Lunatic asylums Madras 1892-1911 - 1892-1911
Year: 1892
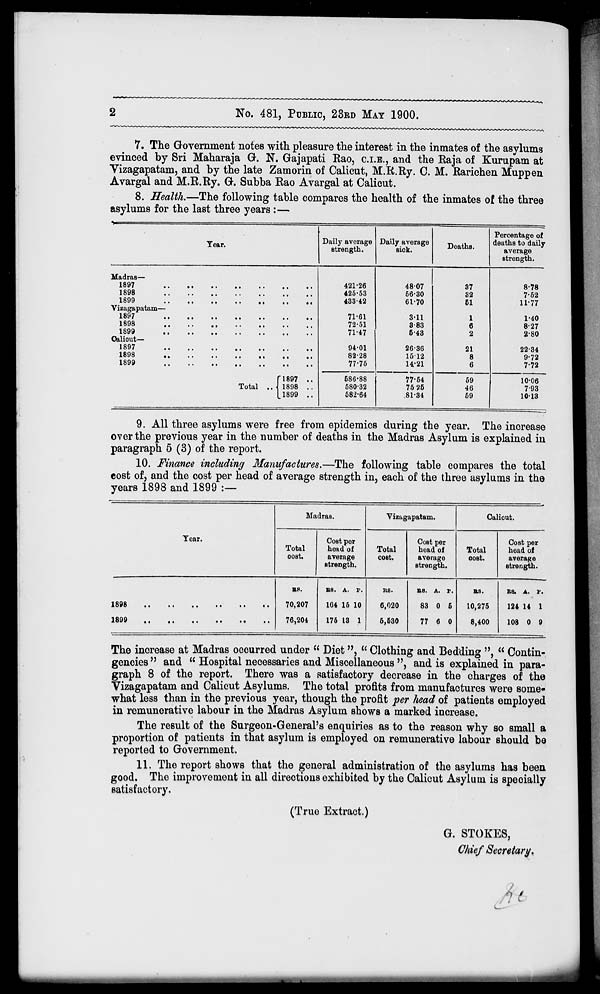
No. 481, PUBLIC, 23RD MAT 1900.
7. The Government notes with pleasure the interest in the inmates of the asylums
evinced by Sri Maharaja G. N. Gajapati Rao, C.I.B., and the Kaja of Kurupam at
Vizagapatam, and by the late Zamorin of Calicut, M.R.Ry. C. M. Rarichen Muppen
Avargal and M.R.Ry. G. Subba Rao Avargal at Calicut.
8. Health.—The following table compares the health of the inmates of the three
asylums for the last three years : —
V
—
■
—
-TT
Percentage of
Tear.
Daily average
strength.
Daily average
sick.
Deaths.
deaths to daily
average
strength.
Madras—
421-26
48-07
37
8-78
425-53
56-30
32
7-52
433-42
61-70
51
11-77
Vizagapatam—
71-61
3-11
1
1-40
72-51
8-83
6
8-27
71-47
5-43
2
2-80
Oaliout—
94-01
2636
21
22-34
82-28
16-12
8
9-72
fl897 ..
77-75
14-21
6
7-72
586-88
77-54
59
10-06
Total .. 1898 ..
580-32
75 25
46
793
1899 .. |
582-64
.81-34
59
1013
9. All three asylums were free from epidemics during the year. The increase
over the previous year in the number of deaths in the Madras Asylum is explained in
paragraph 5 (3) of the report.
10. Finance including Manufactures.—The following table compares the total
cost of, and the cost per head of average strength in, each of the three asylums in the
years 1898 and 1899 :—
Tear.
Madras.
Total
cost.
Cost per
head of
average
strength.
Vizagapatam.
Total
cost.
Cost per
head of
average
strength.
Calicut.
Total
oost.
Cost per
head of
average
strength.
1898
1899
BS.
BS. A. P.
its.
70,207
164 15 10
6,020
76,204
175 13 1
5,530
BS. A. P.
83 0 5
77 6 0
BS.
10,275
8,400
ua. A. p.
124 14 1
108 0 9
The increase at Madras occurred under " Diet ", " Clothing and Bedding ", " Contin-
gencies " and " Hospital necessaries and Miscellaneous ", and is explained in para-
graph 8 of the report. There was a satisfactory decrease in the charges of the
Vizagapatam and Calicut Asylums. The total profits from manufactures were some-
what less than in the previous year, though the profit per head of patients employed
in remunerative labour in the Madras Asylum shows a marked increase.
The result of the Surgeon-General's enquiries as to the reason why so small a
proportion of patients in that asylum is employed on remunerative labour should be
reported to Government.
11. The report shows that the general administration of the asylums has been
good. The improvement in all directions exhibited by the Calicut Asylum is specially
satisfactory.
(True Extract.)
G. STOKES,
Chief Secretary,
L
I